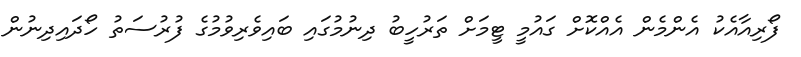
ފޯރިއާއެކު އެންމެން އެއްކޮށް ގައުމީ ޓީމަށް ތަރުހީބު ދިނުމުގައި ބައިވެރިވުމުގެ ފުރުސަތު ހޯދައިދިނުން